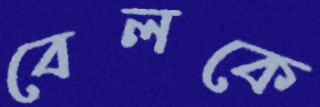
বেলকে